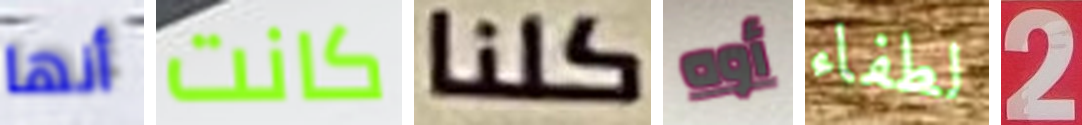
أنها كانت كلنا أوه لطفاء 2